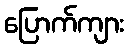
ပြောက်ကျား